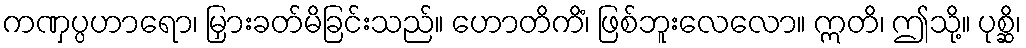
ကဏှပ္ပဟာရော၊ မြှားခတ်မိခြင်းသည်။ ဟောတိကိံ၊ ဖြစ်ဘူးလေလော။ ဣတိ၊ ဤသို့။ ပုစ္ဆိ၊